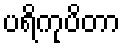
ပရိကုပိတာ